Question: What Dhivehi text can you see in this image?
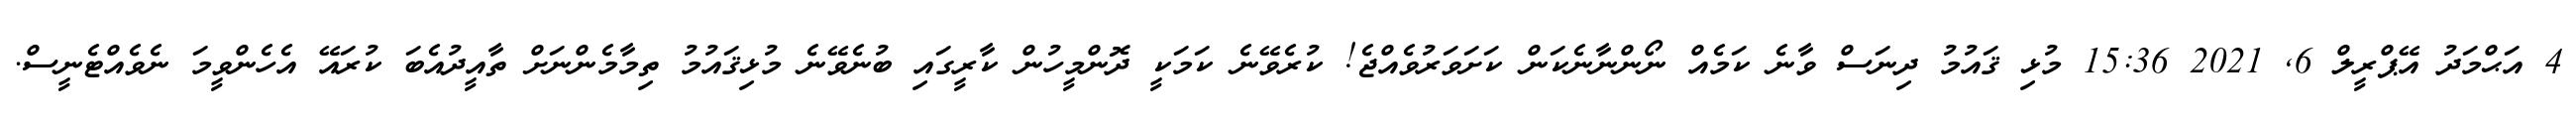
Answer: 4 އަޙްމަދު އޭޕްރީލް 6, 2021 15:36 މުޅި ޤައުމު ދިނަސް ވާނެ ކަމެއް ނޯންނާނެކަން ކަށަވަރުވެއްޖެ! ކުރެވޭނެ ކަމަކީ ދޮންމީހުން ކާރީގައި ބުނެވޭނެ މުޅިޤައުމު ތިމާމެންނަށް ތާއީދުއެބަ ކުރައޭ އެހެންވީމަ ނެވެއްޓެނީސް.